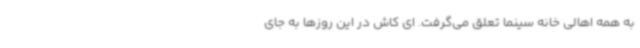
به همه اهالی خانه سینما تعلق می‌گرفت. ای کاش در این روزها به جای